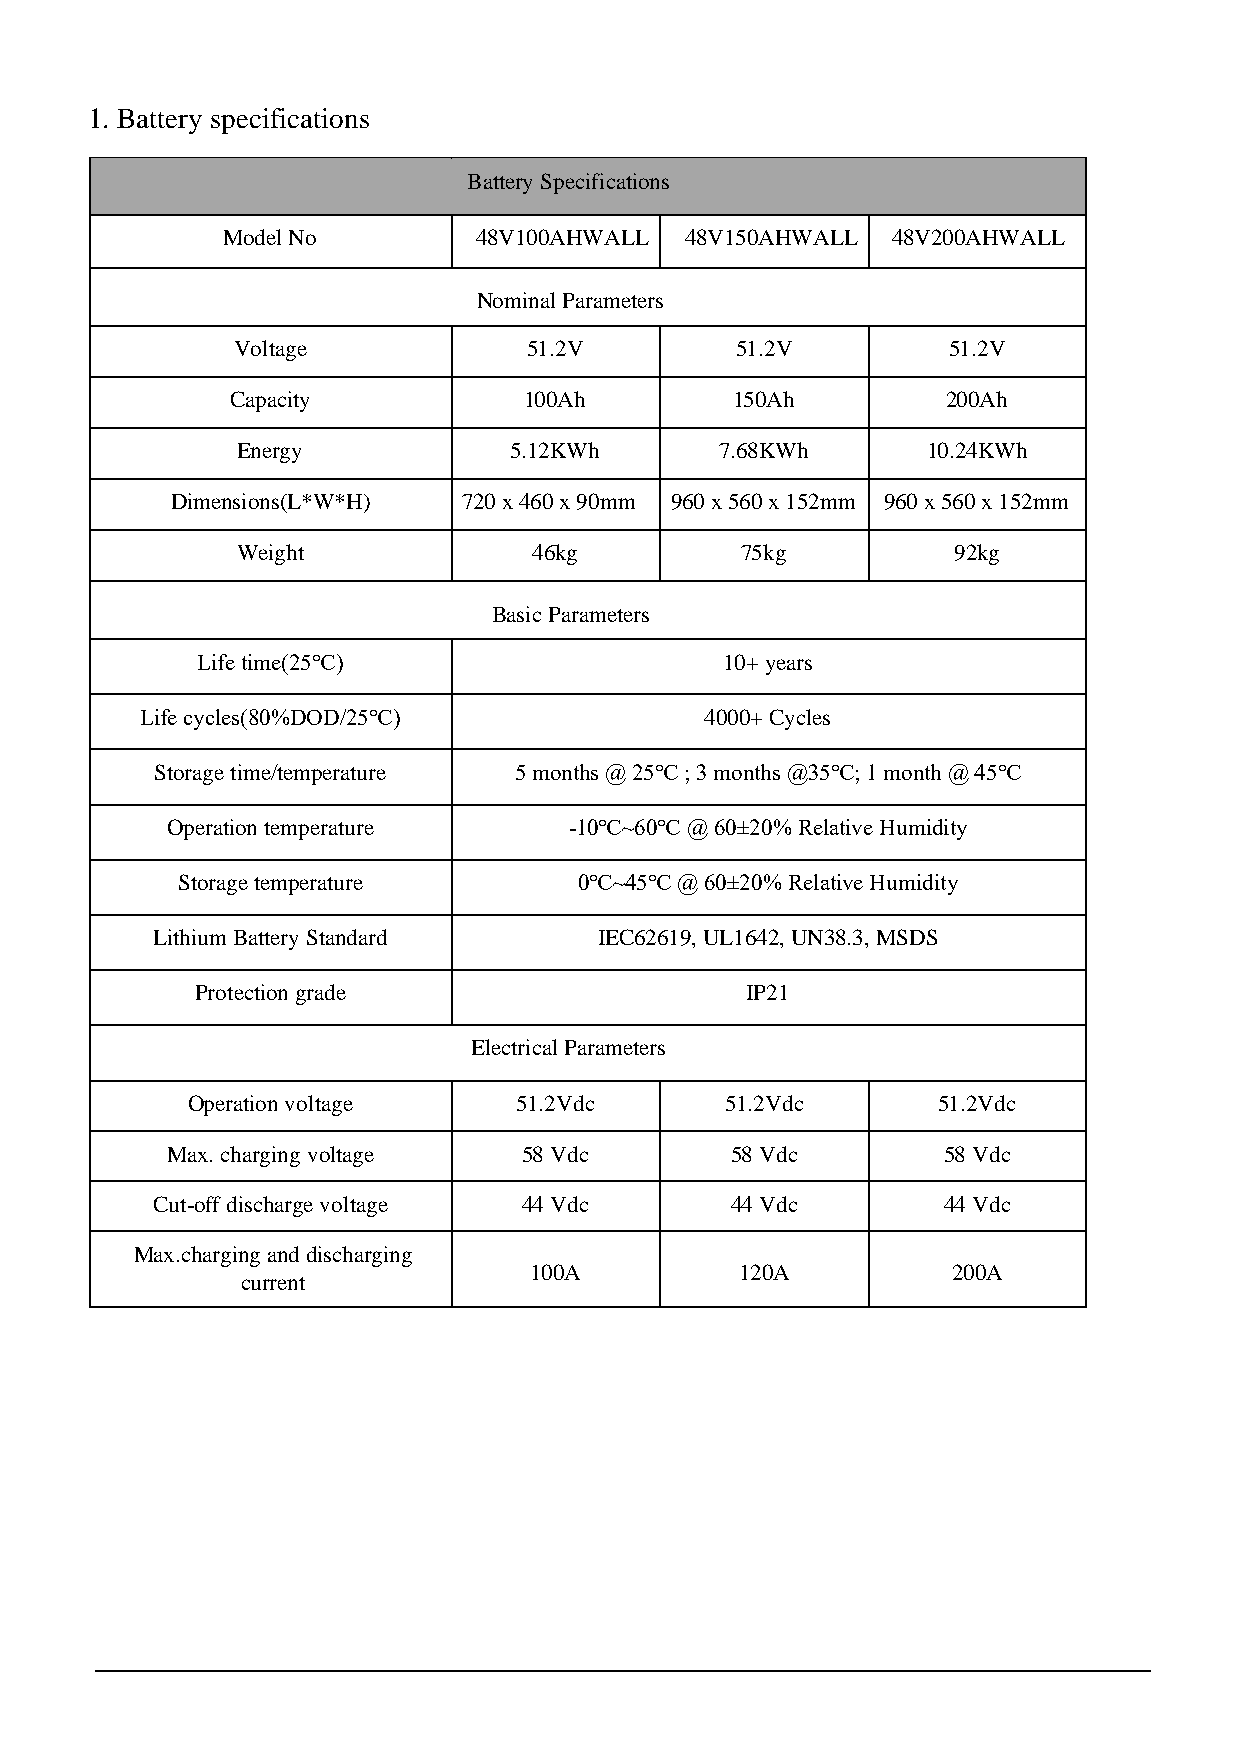
1. Battery specifications
 Battery Specifications
 Model No        48V100AHWALL  48V150AHWALL  48V200AHWALL
 Nominal Parameters
 Voltage             51.2V         51.2V         51.2V
 Capacity            100Ah        150Ah          200Ah
 Energy            5.12KWh       7.68KWh      10.24KWh
 Dimensions(L*W*H)   720 x 460 x 90mm 960 x 560 x 152mm 960 x 560 x 152mm
 Weight             46kg          75kg          92kg
 Basic Parameters
 Life time(25℃)                     10+ years
 Life cycles(80%DOD/25℃)               4000+ Cycles
 Storage time/temperature 5 months @ 25℃ ; 3 months @35℃; 1 month @ 45℃
 Operation temperature      -10℃~60℃ @ 60±20% Relative Humidity
 Storage temperature       0℃~45℃ @ 60±20% Relative Humidity
 Lithium Battery Standard      IEC62619, UL1642, UN38.3, MSDS
 Protection grade                    IP21
 Electrical Parameters
 Operation voltage     51.2Vdc       51.2Vdc       51.2Vdc
 Max. charging voltage   58 Vdc       58 Vdc        58 Vdc
 Cut-off discharge voltage 44 Vdc      44 Vdc        44 Vdc
 Max.charging and discharging
 100A          120A          200A
 current